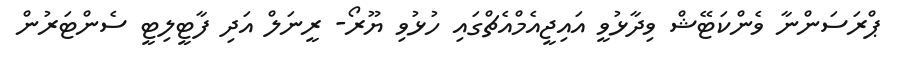
ޕްރަސަންނާ ވެންކަޓޭޝް ވިދާޅުވީ އައިޖީއެމްއެޗްގައި ހުޅުވި ޔޫރޯ- ރީނަލް އަދި ފާޓީލިޓީ ސެންޓަރުން